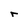
Character: r